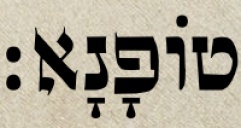
טוֹפָנָא׃